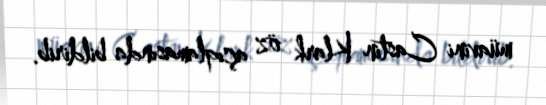
müavini Castin Klark öz açıqlamasında bildirib.